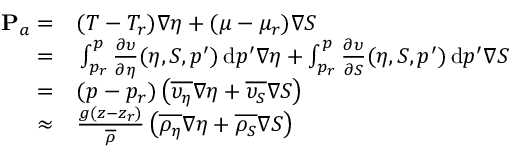
\begin{array} { r l } { { \bf P } _ { a } = } & { { } ( T - T _ { r } ) \nabla \eta + ( \mu - \mu _ { r } ) \nabla S } \\ { = } & { { } \int _ { p _ { r } } ^ { p } \frac { \partial \upsilon } { \partial \eta } ( \eta , S , p ^ { \prime } ) \, \mathrm { d } p ^ { \prime } \nabla \eta + \int _ { p _ { r } } ^ { p } \frac { \partial \upsilon } { \partial S } ( \eta , S , p ^ { \prime } ) \, \mathrm { d } p ^ { \prime } \nabla S } \\ { = } & { { } ( p - p _ { r } ) \left( \overline { { \upsilon _ { \eta } } } \nabla \eta + \overline { { \upsilon _ { S } } } \nabla S \right) } \\ { \approx } & { { } \frac { g ( z - z _ { r } ) } { \overline { { \rho } } } \left( \overline { { \rho _ { \eta } } } \nabla \eta + \overline { { \rho _ { S } } } \nabla S \right) } \end{array}